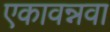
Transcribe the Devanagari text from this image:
एकावन्नवा